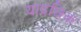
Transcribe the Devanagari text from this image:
याद्रछिक